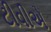
ટીવીએ